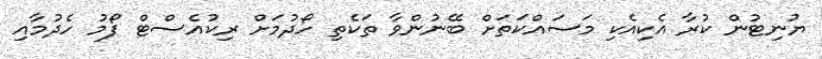
ޔުނިޓުން ކުރާ އެކިއެކި މަސައްކަތަށް ބޭނުންވާ ތަކެތި ހޯދުމަށް ރިކުއެސްޓް ފޯމު ހެދުމާއި